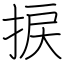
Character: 捩